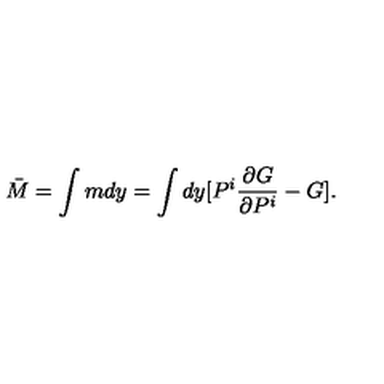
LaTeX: \bar { M } = \int m d y = \int d y [ P ^ { i } \frac { \partial G } { \partial P ^ { i } } - G ] .